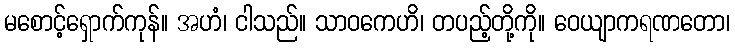
မစောင့်ရှောက်ကုန်။ အဟံ၊ ငါသည်။ သာဝကေဟိ၊ တပည့်တို့ကို။ ဝေယျာကရဏတော၊